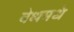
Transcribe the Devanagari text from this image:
वेधमधे